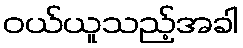
ဝယ်ယူသည့်အခါ